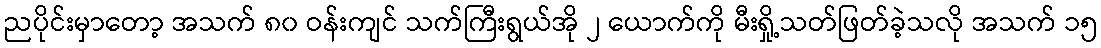
ညပိုင်းမှာတော့ အသက် ၈၀ ဝန်းကျင် သက်ကြီးရွယ်အို ၂ ယောက်ကို မီးရှို့သတ်ဖြတ်ခဲ့သလို အသက် ၁၅